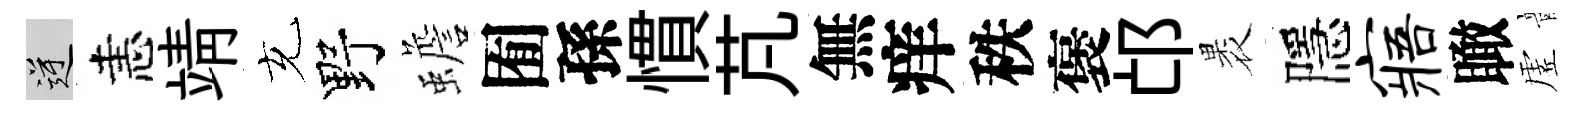
逆恚靖充野蟾囿孫慣芃無痒秩褒邙褁隱寤瞰虗